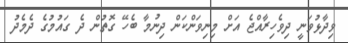
ވިދާޅުވަނީ ދިވެހިރާއްޖެ އަށް މިނިވަންކަން ދިނުމާ ބެހޭ ގޮތުން ދެ ގައުމުގެ ދެމެދު